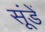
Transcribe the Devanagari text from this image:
सूंडें